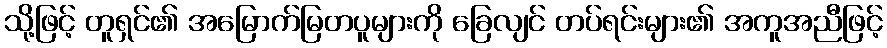
သို့ဖြင့် တူရှင်၏ အမြောက်မြတပူများကို ခြေလျင် တပ်ရင်းများ၏ အကူအညီဖြင့်